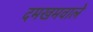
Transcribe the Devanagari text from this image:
दमखमवाले